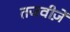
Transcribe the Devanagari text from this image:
तजवीज़ें